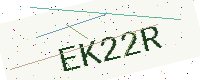
Text: EK22R